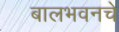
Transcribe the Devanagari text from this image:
बालभवनचे